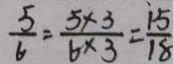
\frac { 5 } { 6 } = \frac { 5 \times 3 } { 6 \times 3 } = \frac { 1 5 } { 1 8 }